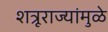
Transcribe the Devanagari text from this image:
शत्रूराज्यांमुळे